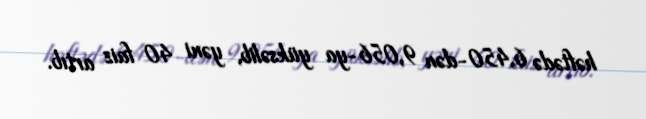
həftədə 6,450-dən 9,056-ya yüksəlib, yəni 40 faiz artıb.